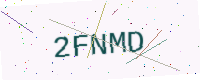
Text: 2FNMD